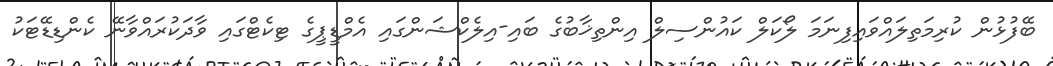
ބޭފުޅުން ކުރިމަތިލައްވައިފިނަމަ ލޯކަލް ކައުންސިލް އިންތިޚާބުގެ ބައި-އިލެކްޝަންގައި އެމްޑީޕީގެ ޓިކެޓްގައި ވާދަކުރައްވާނޭ ކެންޑިޑޭޓަކު